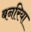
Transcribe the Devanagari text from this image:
बनरिया